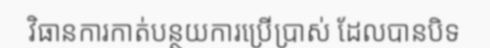
វិធានការកាត់បន្ថយការប្រើប្រាស់ ដែលបានបិទ